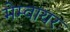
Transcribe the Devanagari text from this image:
मेम्वायर